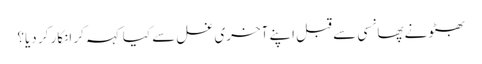
بھٹو نے پھانسی سے قبل اپنے آخری غسل سے کیا کہہ کر انکار کر دیا؟